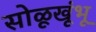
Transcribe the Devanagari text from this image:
सोळूखूंभू